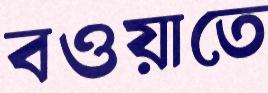
বওয়াতে